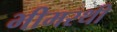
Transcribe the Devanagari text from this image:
भीमरथी